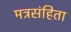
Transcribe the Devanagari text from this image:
मत्रसंहिता